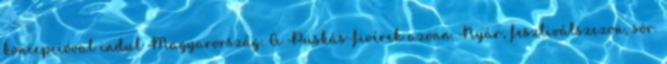
koncepcióval indul Magyarország. A Puskás-fivérek azonn. Nyár, fesztiválszezon, sör.